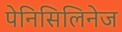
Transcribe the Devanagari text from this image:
पेनिसिलिनेज